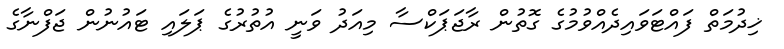
ޚިދުމަތް ފައްޓަވައިދެއްވުމުގެ ގޮތުން ރާޖަޕަކްސާ މިއަދު ވަނީ އުތުރުގެ ޕަލައި ޓައުނުން ޖަފްނާގެ